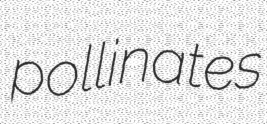
pollinates